Elephants and their diseases
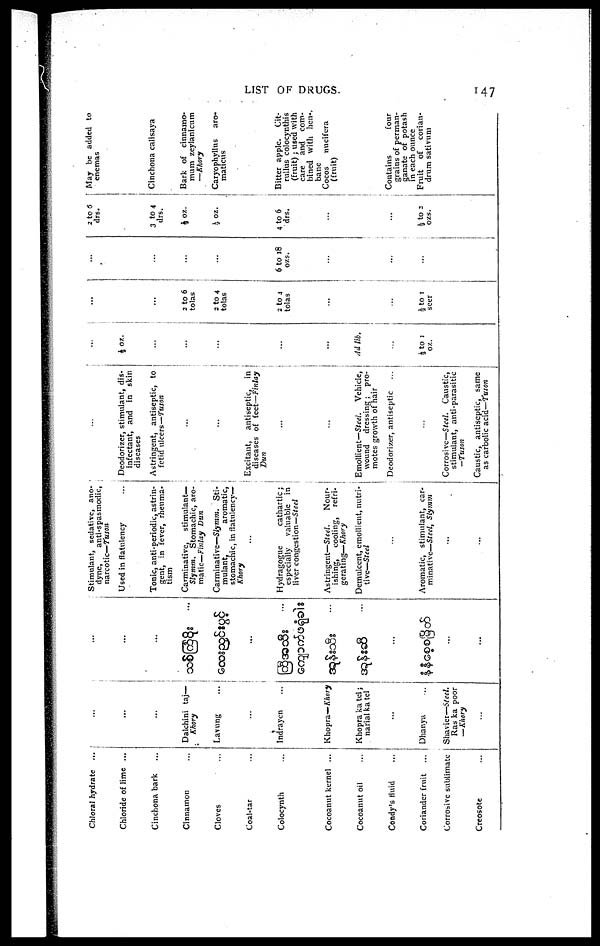
LIST OF DRUGS.
147
Chloral hydrate ...
Chloride of lime ...
Cinchona bark
Cinnamon
Cloves
Coal-tar
Colocynth
Cocoanut kernel ...
Cocoanut oil
Condy's fluid
Coriander fruit
Corrosive sublimate
Creosote
...
...
...
Dalchini taj—
Khory
Lavung
Indrayen
Khopra— Khory
Khopra ka tel;
narial ka tel
...
Dhanya
Shavier—Steel.
Ras ka poor
—Khory
...
...
...
...
...
...
...
: Stimulant, sedative, ano¬
dyne,
anti-spasmodic,
narcotic—Tuson
Used in flatulency
Tonic, anti-periodic, astrin¬
gent, in fever, rheuma¬
tism
Carminative,
stimulant—
Sly mm.
Stomachic, aro-
matic—Finlay Dun
Carminative—Slymm. Sti¬
mulant,
aromatic,
stomachic, in flatulency—
Khory
Hydragogue
cathartic;
especially
valuable in
liver congestion—Steel
Astringent—Steel.
Nour¬
ishing,
cooling, refri¬
gerating—Khory
Demulcent, emollient, nutri¬
tive—Steel
Aromatic, stimulant, car¬
minative—Steel, Slymm
...
...
...
Deodorizer, stimulant, dis¬
infectant, and in skin
diseases
Astringent, antiseptic, to
fetid ulcers—Tuson
Excitant,
antiseptic,
in
diseases of feet—Finlay
Bun
...
Emollient—Steel.
Vehicle,
wound
dressing;
pro¬
motes growth of hair
Deodorizer, antiseptic
Corrosive—Steel. Caustic,
stimulant, anti-parasitic
—Tuson
Caustic, antiseptic, same
as carbolic acid—Tuson
...
½ oz.
...
...
Ad lib.
½ to 1
oz.
...
...
2 to 6
tolas
2 to 4
tolas
2 to 4
tolas
½ to 1
seer
...
...
...
6 to 18
ozs.
...
2 to 6
drs.
..
3 to 4
drs.
½ oz.
½ oz.
4 to 6
drs.
½ to 2
ozs.
May be added to
enemas
Cinchona calisaya
Bark of cinnamo¬
mum zeylanicum
—Khory
Caryophyllus
aro-
maticus
Bitter apple. Cit¬
rullus colocynthis
(fruit) ; used with
care and com¬
bined with hen¬,
bane
Cocos
nucifera
(fruit)
Contains
four
grains of perman¬
ganate of potash
in each ounce
Fruit
of corian¬
drum sativum